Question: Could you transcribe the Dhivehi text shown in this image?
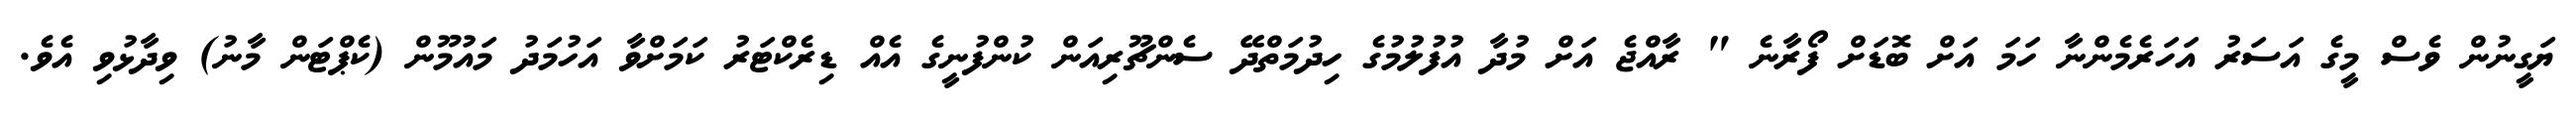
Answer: ޔަގީނުން ވެސް މީގެ އަސަރު އަހަރެމެންނާ ހަމަ އަށް ބޮޑަށް ފޯރާނެ " ރާއްޖެ އަށް މުދާ އުފުލުމުގެ ހިދުމަތްދޭ ސެންޗޫރިއަން ކުންފުނީގެ އެއް ޑިރެކްޓަރު ކަމަށްވާ އަހުމަދު މައުމޫން (ކެޕްޓަން މާނު) ވިދާޅުވި އެވެ.